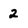
Character: 2